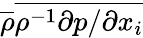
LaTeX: \overline{{\rho}}\overline{{{\rho}^{-1}{\partial p}/{\partial x_{i}}}}